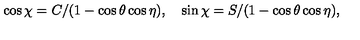
\cos { \chi } = C / ( 1 - \cos { \theta } \cos { \eta } ) , \quad \sin { \chi } = S / ( 1 - \cos { \theta } \cos { \eta } ) ,